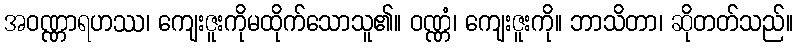
အဝဏ္ဏာရဟဿ၊ ကျေးဇူးကိုမထိုက်သောသူ၏။ ဝဏ္ဏံ၊ ကျေးဇူးကို။ ဘာသိတာ၊ ဆိုတတ်သည်။